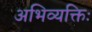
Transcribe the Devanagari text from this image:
अभिव्यक्तिः